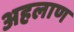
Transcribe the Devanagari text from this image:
अहलाण